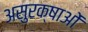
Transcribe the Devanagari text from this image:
असुरक्षाओं